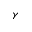
\gamma